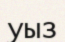
уыз